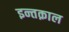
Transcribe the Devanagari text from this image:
इन्तक़ाल